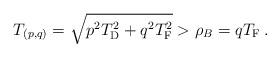
LaTeX: \begin{align*}T_{(p,q)} = \sqrt{p^2_{\vphantom D} T_{\rm D}^2 + q^2_{\vphantom D}T_{\rm F}^2} > \rho_B = qT_{\rm F} \, .\end{align*}